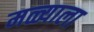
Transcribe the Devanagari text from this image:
मळ्याला